Report on enteric fever
Disease focus: Fever
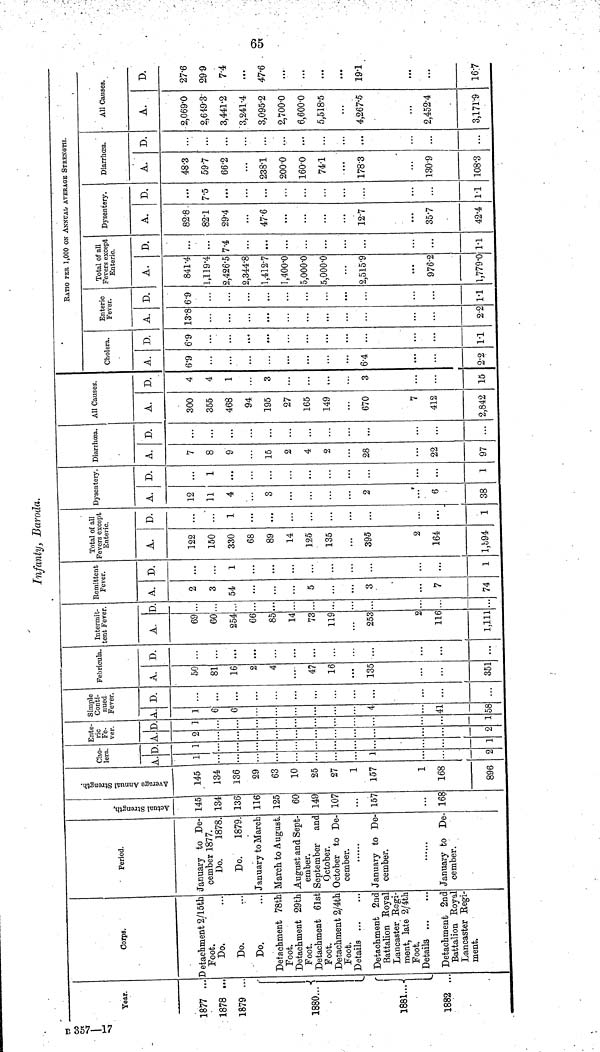
65
Infanty, Baroda.
Year.
1877 ...
1878 ...
1879 ..
1880...
1881...
1882 ..
Corps.
Detachment 2/15th
Foot.
Do.
Do.
Do.
Detachment 78th
Foot.
Detachment 29th
Foot.
Detachment 61st
Foot.
Detachment 2/4th
Foot.
Details
Detachment 2nd
Battalion Royal
Lancaster. Regi-
ment, late 2/4th
Foot.
Details
Detachment 2nd
Battalion Royal
Lancaster Regi-
ment.
Period.
January to De-
cember 1877.
Do.
1878.
Do.
1879.
January to March
March to August.
August and Sept-
ember.
September and
October.
October to De-
cember.
January to De-
cember.
January bo De-
cember.
Actual Strength.
145
134
136
116
125
60
149
107
157
...
168
Average Annual Strength.
145
134
136
29
63
10
25
27
1
157
1
168
896
Cho-
lera.
A.
1
1
2
D
1
1
Ente-
ric
Fe-
ver.
A
2
2
D.
1
1
Simple
Conti-
nued
Fever.
A
1
4
41
58
D.
Febricula.
A.
50
81
16
2
4
47
16
135
351
D.
...
...
...
Intermit-
tent Fever.
A.
69
60
254
66
85
14
73
119
253
2
116
1,111
D
...
...
Remittent
Fever.
A.
2
3
54
...
5
...
3
...
7
74
D.
...
...
1
...
...
...
1
Total of all
Fevers except
Enteric.
A.
122
150
330
68
89
14
125
135
395
2
164
1,594
D.
1
...
...
...
...
...
1
Dysentery
A.
12
11
4
3
...
...
2
6
38
D.
...
1
...
• • *
1
Diarrhœa.
A.
7
8
9
15
2
4
2
28
22
97
D.
...
...
...
...
All Causes.
A.
300
355
468
94
195
27
165
149
670
7
412
2,842
D.
4
4
1
3
3
15
RATIO PER 1,000 ON ANNUAL AVERAGE STRENGTH.
Cholera.
A.
6.9
6.4
2.2
D.
6.9
1.1
Enteric
Fever.
A.
13.8
2.2
D.
6.9
1.1
Total of all
Fevers except
Enteric.
A.
841.4
1,119.4
2,426.5
2,344.8
1,412.7
1,400.0
5,000.0
5,000.0
2,515.9
976.2
1,779.0
D.
7.4
...
...
...
1.1
Dysentery.
A.
82.8
82.1
29.4
47.6
...
...
12.7
357
42.4
D.
...
7.5
...
...
1.1
Diarrhœa.
A.
48.3
59.7
66.2
238.1
200.0
160.0
74.1
178.3
130.9
108.3
D.
...
...
...
...
...
...
...
All Causes.
A.
2,069.0
2,649.3
3,441.2
3,241.4
3,095.2
2,700.0
6,600.0
5,518.5
4,267.5
2,452.4
3,171.9
D.
27.6
299
7.4
...
...
...
...
19.1
...
...
16;7
B 357-17